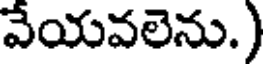
వేయవలెను.)